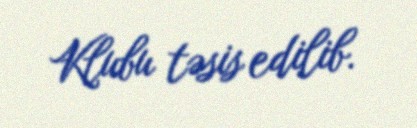
Klubu təsis edilib.